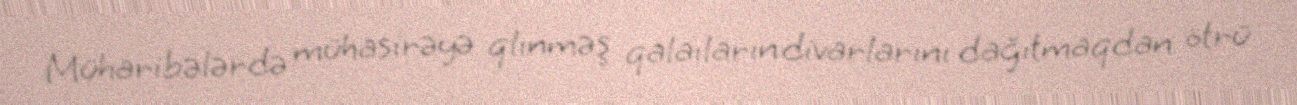
Müharibələrdə mühasirəyə qlınməş qalaıların divarlarını dağıtmaqdan ötrü